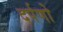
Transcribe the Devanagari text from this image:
दर्पणो